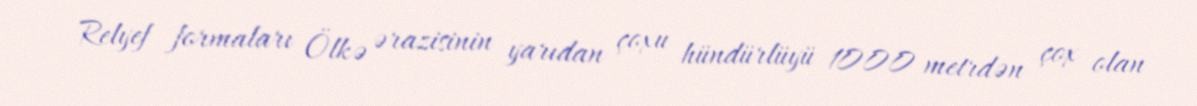
Relyef formaları Ölkə ərazisinin yarıdan çoxu hündürlüyü 1000 metrdən çox olan